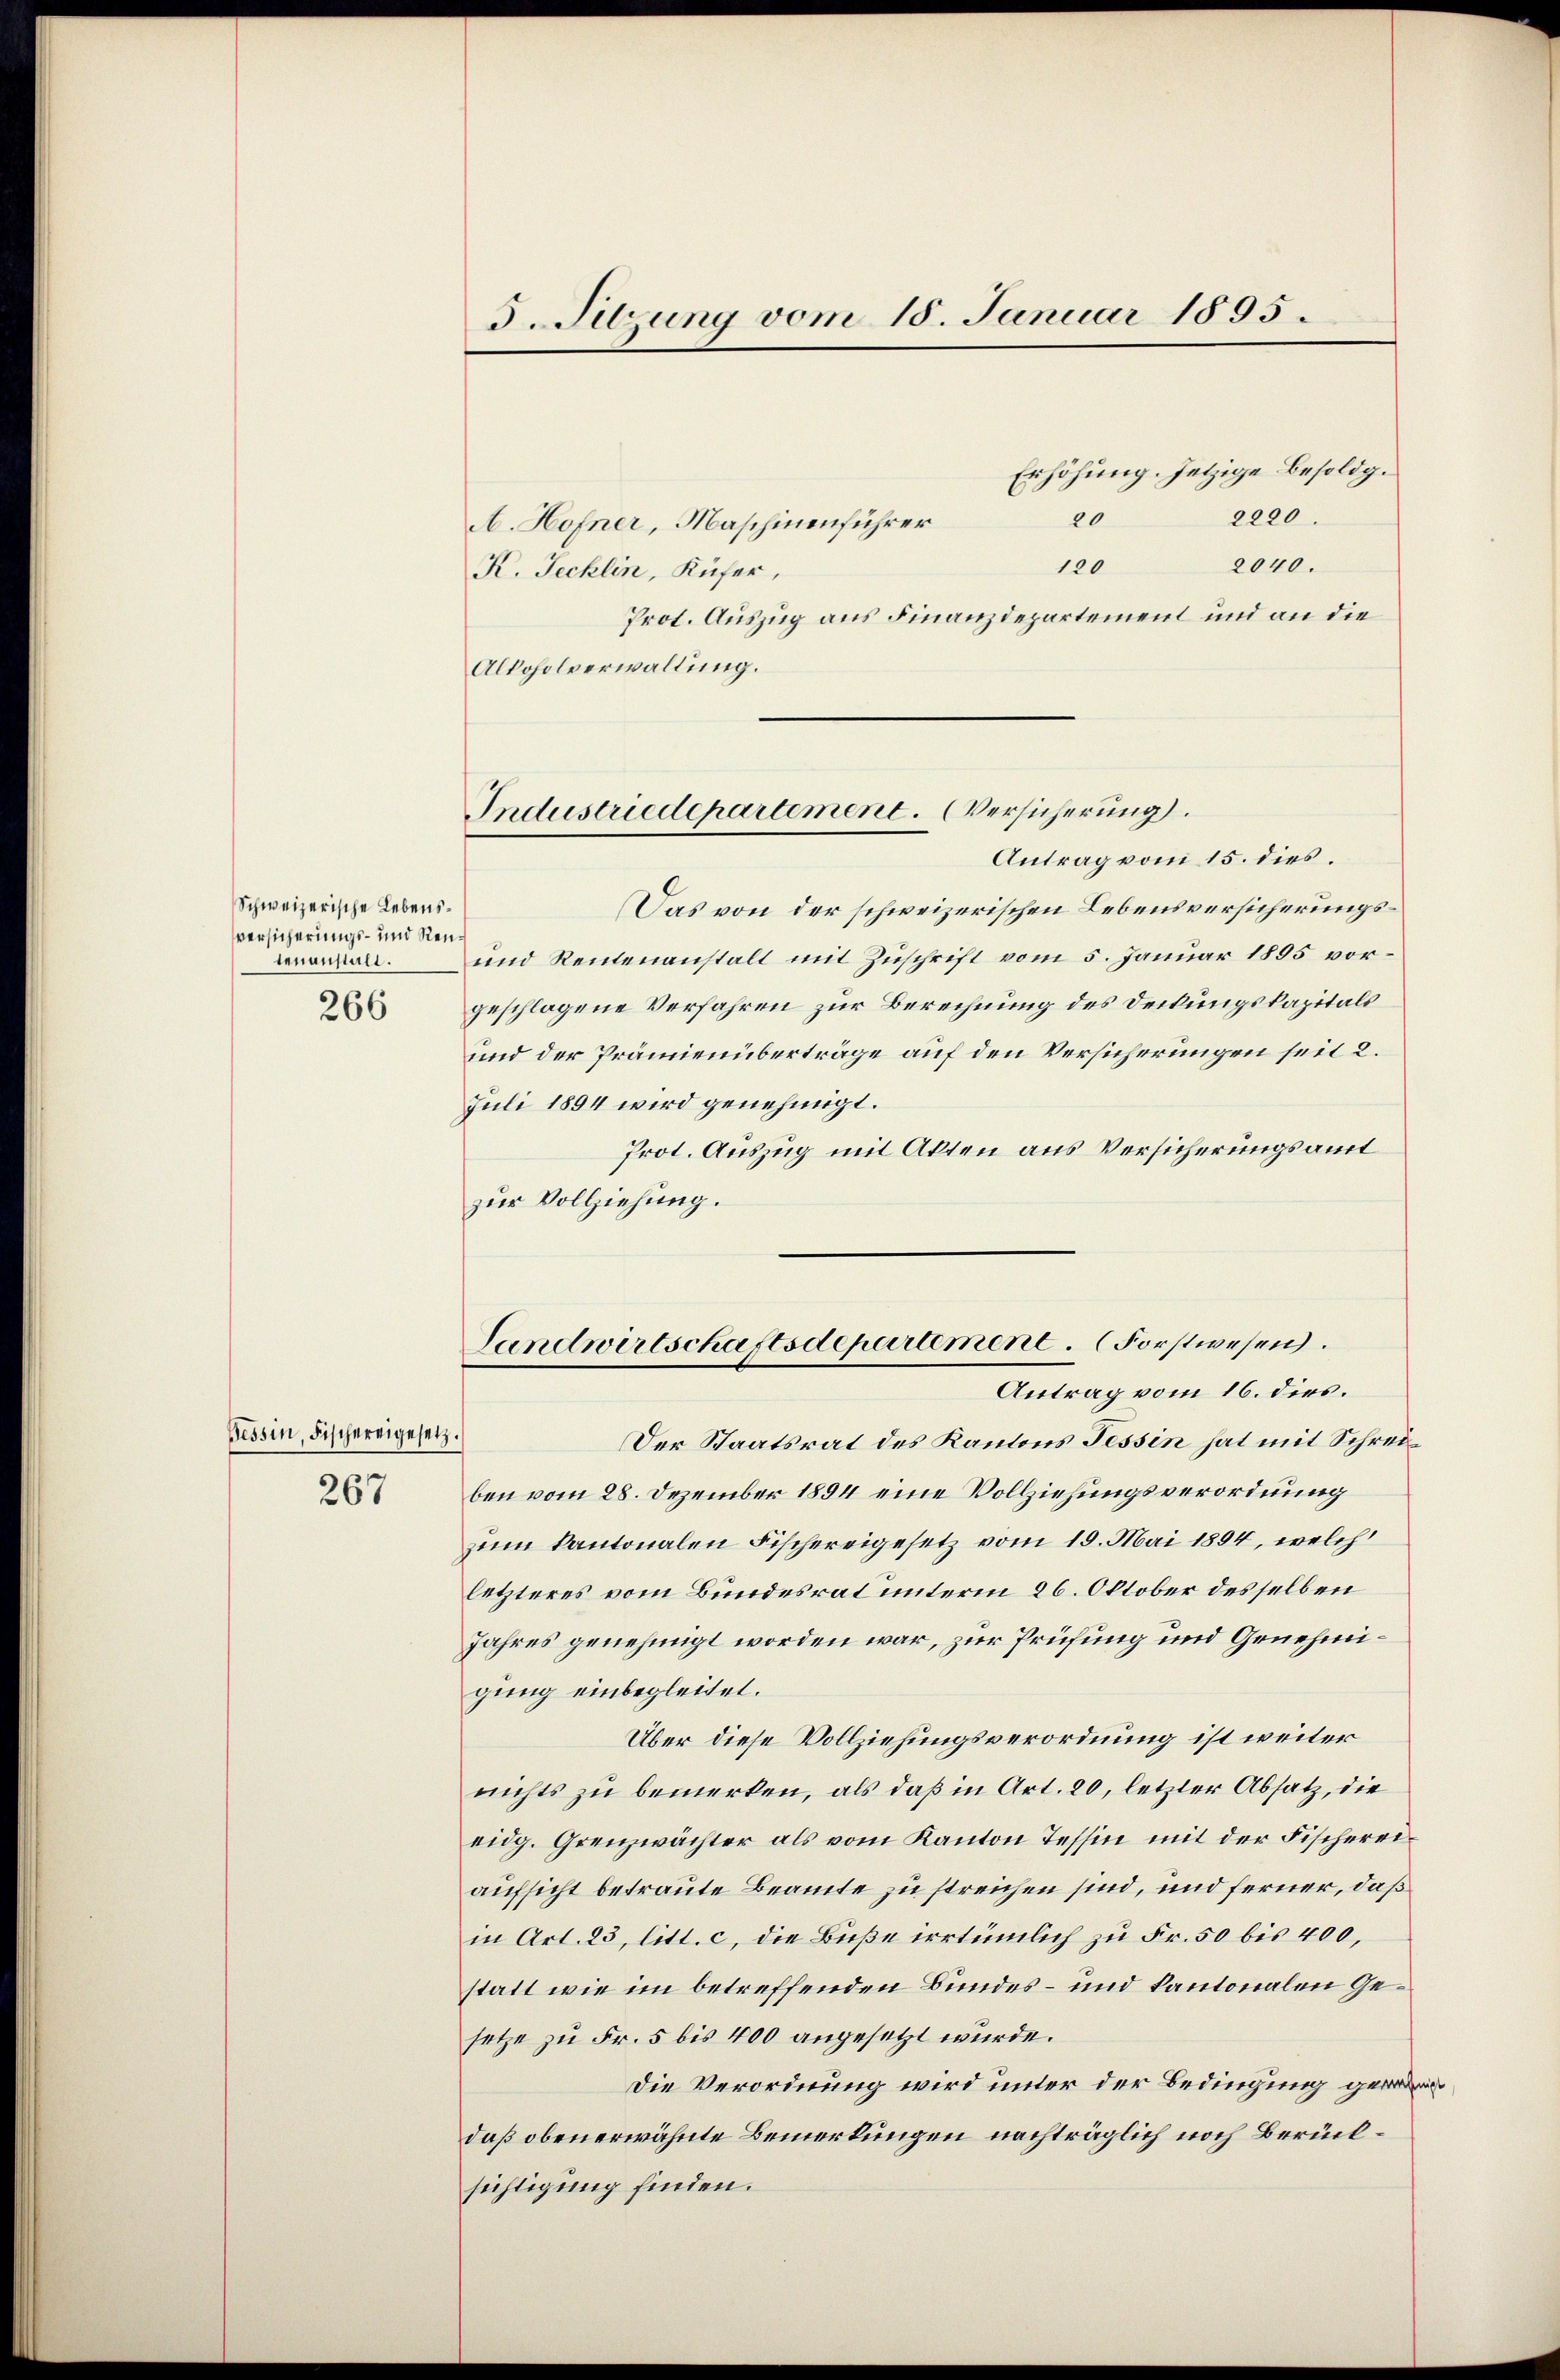
Schweizerische Lebensversicherungs- und Neutenanstalt.
266

Bessin, Fischereigesetz.
267

5. Sitzung vom 18. Januar 1895.

Industriedepartement. (Versicherung.
Antrag vom 15. dies.

Erhöhung. Jetzige Besoldg.
2220.
20
A. Hofner, Maschinenführer
2040.
120
K. Jecklin, Küfer,
Prot. Auszug aus Finanzdepartement und an die
Alkoholverwaltung.
Das von der schweizerischen Lebensversicherungs¬
und Rentenanstalt mit Zuschrift vom 5. Januar 1895 vorgeschlagene Verfahren zur Berechnung des Deckungskapitals
und der Prämienüberträge auf den Versicherungen seit 2.
Juli 1894 wird genehmigt.
Prot. Auszug mit Akten aus Versicherungsamt
zur Vollziehung.
Landwirtschaftsdepartement. Forstwesen.
Antrag vom 16. dies.
Der Staatsrat des Kantons Tessin hat mit Schreiben vom 28. Dezember 1894 eine Vollziehungsverordnung
zum kantonalen Fischereigesetz vom 19. Mai 1894, welch
letzteres vom Bundesrat unterm 26. Oktober desselben
Jahres genehmigt worden war, zur Prüfung und Genehmigung einbegleitet.
Über diese Vollziehungsverordnung ist weiter
nichts zu bemerken, als daß in Art. 20, letzter Absatz, die
eidg. Grenzwächter als vom Kanton Tessin mit der Fischereiaufsicht betraute Beamte zu streichen sind, und ferner, daß
in Art. 23, litt. c, die Buße irrtümlich zu Fr. 50 bis 400,
statt wie im betreffenden Bundes- und kantonalen Gesetze zu Fr. 5 bis 400 angesetzt wurde.
Die Verordnung wird unter der Bedingung gewedaß obenerwähnte Bemerkungen nachträglich noch Berücksichtigung finden.